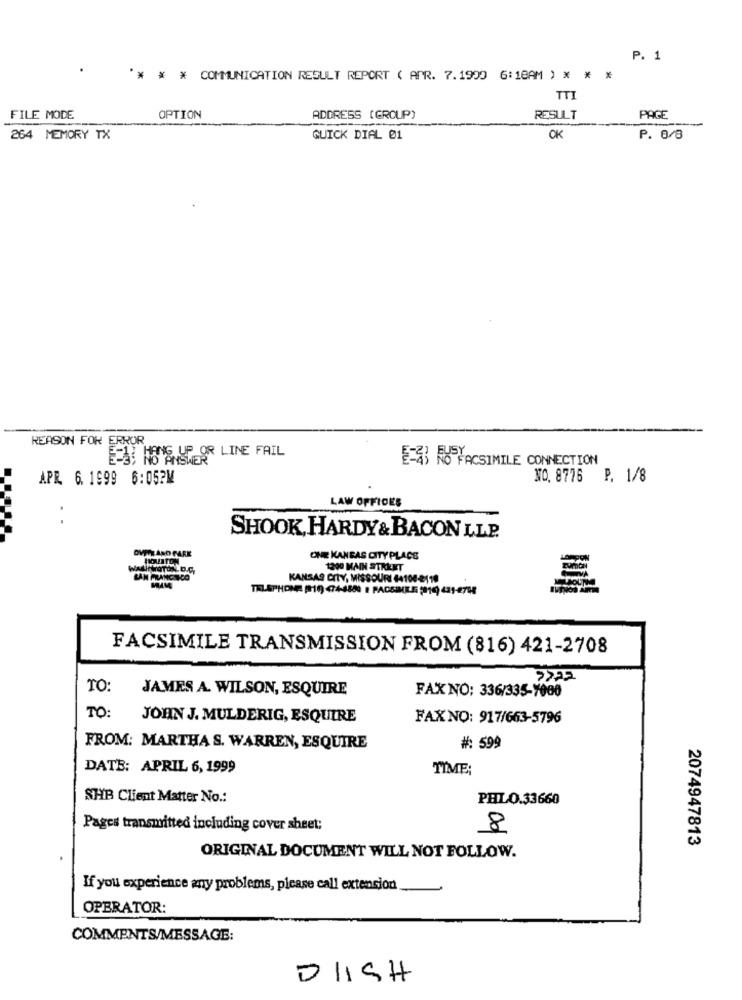
P. 1
** * * COMMUNICATION RESULT REPORT ( ANR. 7.1900 6:18AM ) * * *
TTI
FILE MODE
OPTION
ADDRESS (GROUP)
RESULT
PAGE
264 MEMORY TX
QUICK DIAL 01
OK
P. 0/8
REASON FOR
ERROR
EES HONS UP-OR LINE FAIL
APR 6. 1999 6:052M
NO. 8776 P. 1/8
LAW OFFICES
..
SHOOK, HARDY & BACON L.L.P.
OVITE ANO FARE
HIQUITE
ONE KANSAS CITYPLACE
1300 MAIN STREET
LAN FRANCISCO
KANSAS CITY, MISSOURI 44108-2110
TELEPHONE (19 474-4880 | FACSIMILE (14) 431-2718
FACSIMILE TRANSMISSION FROM (816) 421-2708
TO:
JAMES A. WILSON, ESQUIRE
FAX NO: 336/335-7000
TO:
JOHN J. MULDERIG, ESQUIRE
FAXNO: 917/663-5796
FROM: MARTHA S. WARREN, ESQUIRE
#: 599
DATE: APRIL 6, 1999
TIME:
SHB Client Matter No .:
PHILO.33660
Pages transmitted including cover sheet:
8
2074947813
ORIGINAL DOCUMENT WILL NOT FOLLOW.
If you experience any problems, please call extension
OPERATOR:
COMMENTS/MESSAGE:
DIISH